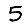
Digit: 5